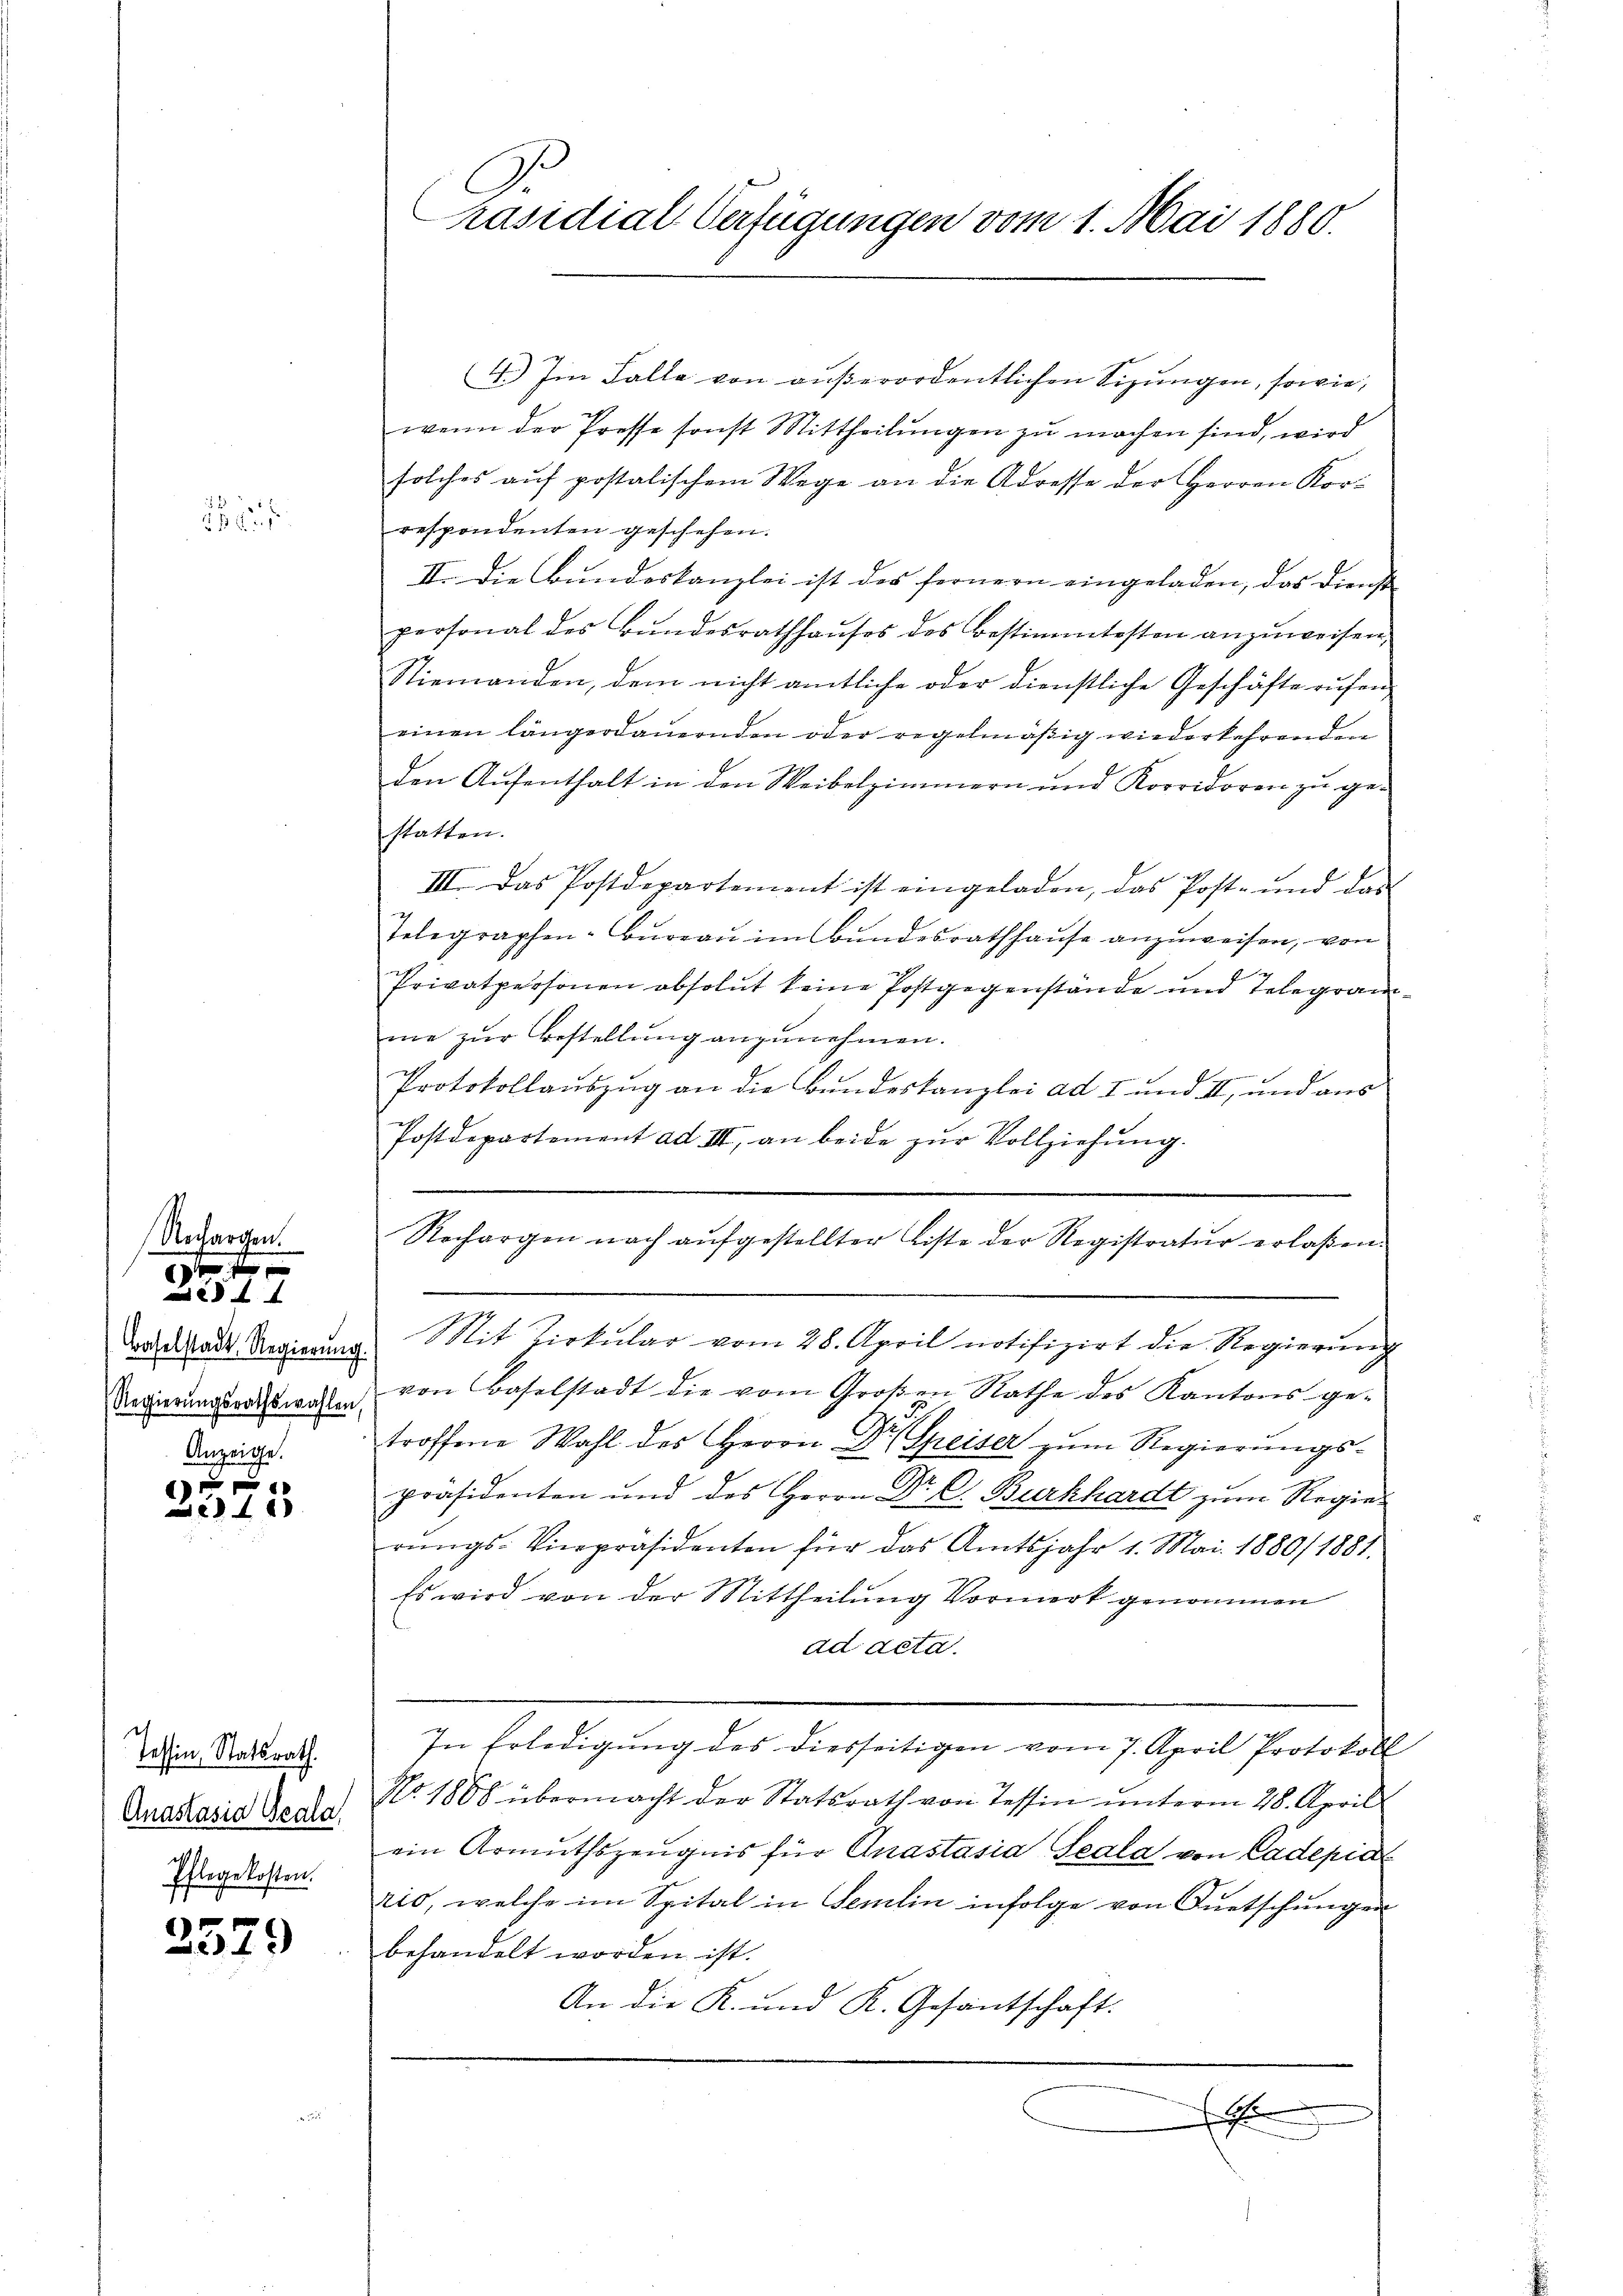
xx
f

2
BG.

Nachargen.
Baselstadt Regierung
Regierungsrathswahlen
Anzeige.

x x
40

Tessin, Statsrath.
Anastasia Geala
Pflegekosten.

2579

Gr
Präsidial-Verfügungen vom 1. Mai 1880.

4.) Im Falle von außerordentlichen Sizungen, sowie,
wenn der Presse sonst Mittheilungen zu machen sind, wird
solches auf postalischem Wege an die Adresse der Herren Korrespondenten geschehen.
II. Die Bundeskanzlei ist des fernern eingeladen, das Dienst
personal des Bŭndesrathhaŭses des Bestimmtesten anzŭweisen,
Niemanden, dem nicht amtliche oder dienstliche Geschäfte rufen
einen längerdauernden oder regelmäßig wiederkehrenden
den Aufenthalt in den Weibelzimmern und Korridoren zu gestatten.
III. Das Postdepartement ist eingeladen, das Post- und das
Telegraphen-Bureau im Bundesrathhause anzuweisen, von
Privatpersonen absolut keine Postgegenstände und Telegramme zur Bestellung anzunehmen.
Protokollauszug an die Bundeskanzlei ad I und II, und aus
Postdepartement ad III, an beide zŭr Vollziehung.
Rechargen nach aŭfgestellter Liste der Registratur erlaßen.
Mit Zirkular vom 28. April notifizirt die Regierung
von Baselstadt die vom Großen Rathe des Kantons ge-
troffene Wahl des Herrn Dr Speiser zum Regierungs-
präsidenten und des Herrn Dr. C. Burkhardt zum Regierŭngs-Vicepräsidenten für das Amtsjahr 1. Mai 1880/ 1881.
Es wird von der Mittheilung Vormerk genommen
ad acta.
In Erledigung des diesseitigen vom 7. April Protokoll
Nr. 1808 übermacht der Statsrath von Tessin ŭnterm 28. April
ein Armuthszeŭgnis für Quastasia Scala von Cadepia
rio, welche im Spital in Semin infolge von Quetschungen
behandelt worden ist.
An die K. und K. Gesantschaft.

x